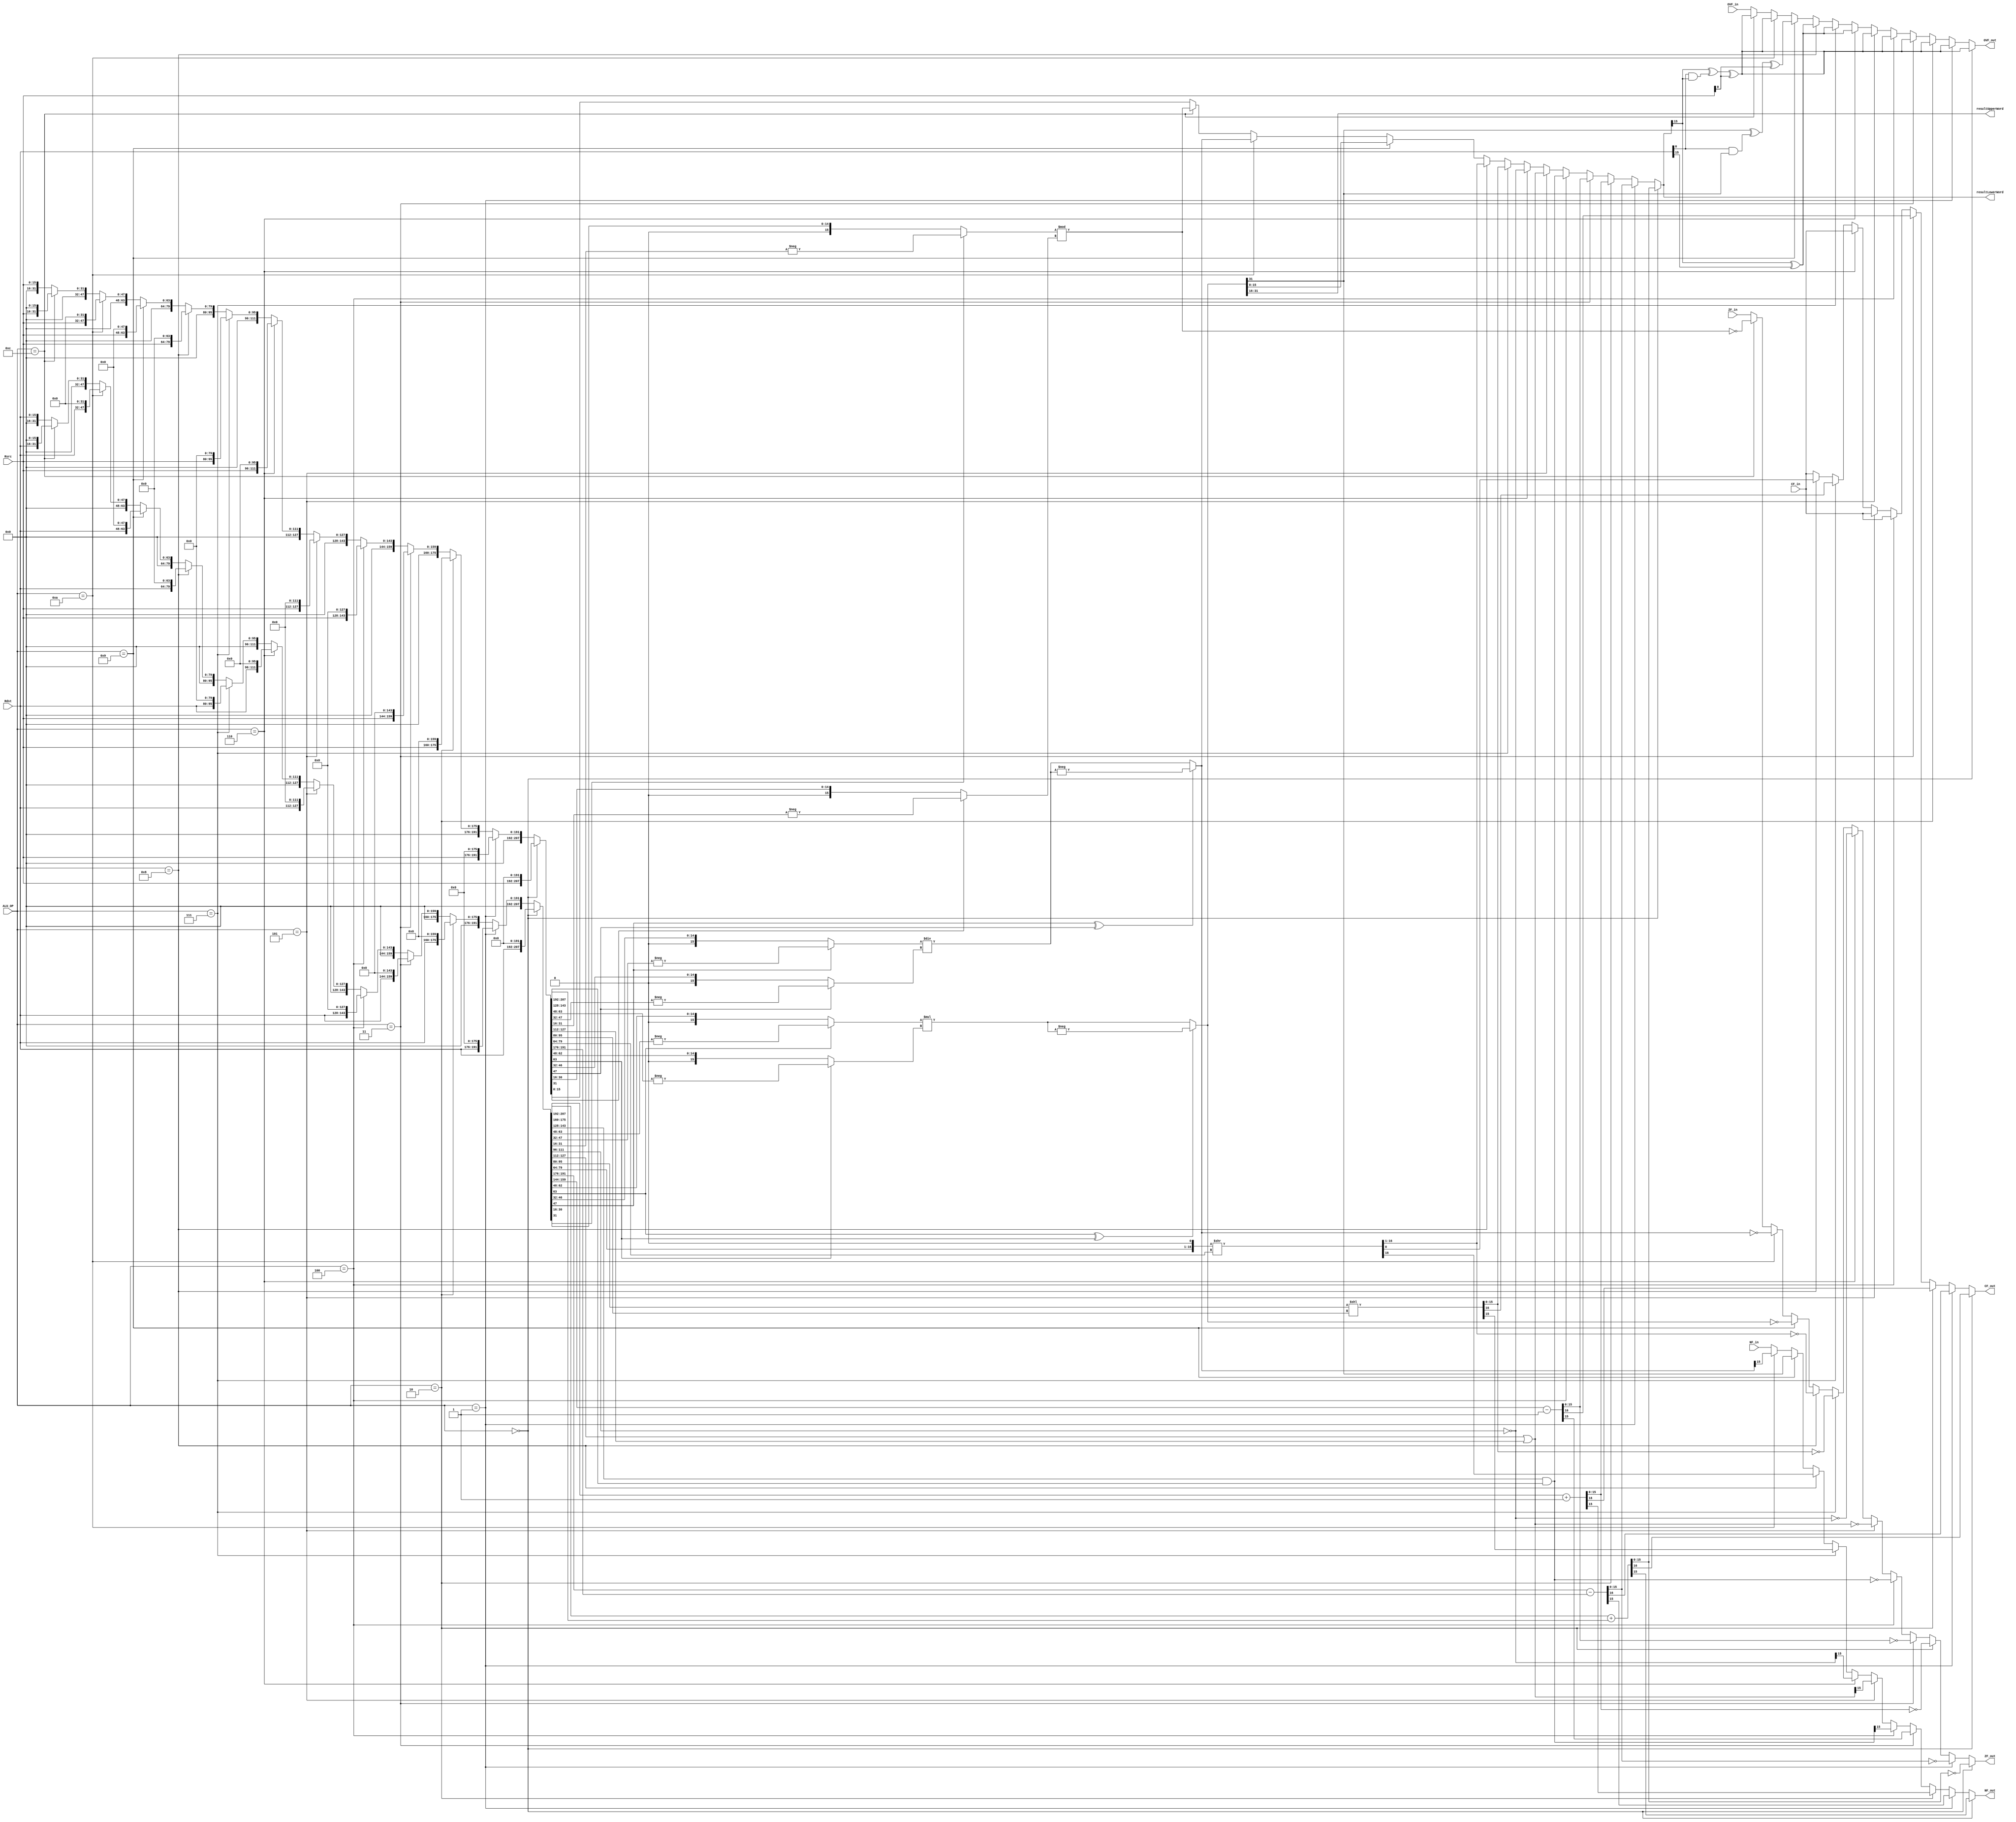
/*this is the arithmetic logic unit that's capable of dowing arithmetic operations*/
module ALU(resultLowerWord, resultUpperWord, CF_out, NF_out, ZF_out, OVF_out, Rdst, Rsrc, ALU_OP, ZF_in, NF_in, CF_in, OVF_in);

/*this is the lower 16 bits result of selected operation where total size of result = 32 (due to multiplication)*/
output wire [15:0] resultLowerWord;

/*this is the upper 16 bits result of selected operation where total size of result = 32 (due to multiplication)*/
output wire [15:0] resultUpperWord;

/*this is the result Carry flag of the current operation, if not changed pass the original value*/
output wire CF_out;

/*this is the result Zero flag of the current operation, if not changed pass the original value*/
output wire ZF_out;

/*this is the result Negative flag of the current operation, if not changed pass the original value*/
output wire NF_out;

/*this is the result overflow flag of the current operation, if not changed pass the original value*/
output wire OVF_out;

/*this is the value of the 1st operand which is the target or destination*/
input wire [15:0] Rdst;

/*this is the value of the 2nd operand which is the source*/
input wire [15:0] Rsrc;

/*this is the desired ALU operation to be taken on Rdst and Rsrc*/
input wire [3:0] ALU_OP;

/*this is the original zero flag value taken from the CCR register*/
input wire ZF_in;

/*this is the original negative flag value taken from the CCR register*/
input wire NF_in;

/*this is the original carry flag value taken from the CCR register*/
input wire CF_in;

/*this is the original overflow flag value taken from the CCR register*/
input wire OVF_in;

/**************************************************************
	temp wire to make the code looks clean
**************************************************************/

// inputs to the operation circuits
wire [15:0] ADD_Rdst;		// this is the first input to the ADD circuit
wire [15:0] ADD_Rsrc;		// this is the second input to the ADD circuit
wire [15:0] SUB_Rdst;		// this is the first input to the SUB circuit
wire [15:0] SUB_Rsrc;		// this is the second input to the SUB circuit
wire [15:0] INC_Rdst;		// this is the first input to the INC circuit
wire [15:0] INC_Rsrc;		// this is the second input to the INC circuit	-> (NOT_USED)
wire [15:0] DEC_Rdst;		// this is the first input to the DEC circuit
wire [15:0] DEC_Rsrc;		// this is the second input to the DEC circuit 	-> (NOT_USED)
wire [15:0] AND_Rdst;		// this is the first input to the AND circuit
wire [15:0] AND_Rsrc;		// this is the second input to the AND circuit
wire [15:0] OR_Rdst;		// this is the first input to the OR circuit
wire [15:0] OR_Rsrc;		// this is the second input to the OR circuit
wire [15:0] NOT_Rdst;		// this is the first input to the NOT circuit
wire [15:0] NOT_Rsrc;		// this is the second input to the NOT circuit	-> (NOT_USED)
wire [15:0] SHL_Rdst;		// this is the first input to the SHL circuit
wire [15:0] SHL_Rsrc;		// this is the second input to the SHL circuit
wire [15:0] SHR_Rdst;		// this is the first input to the SHR circuit
wire [15:0] SHR_Rsrc;		// this is the second input to the SHR circuit
wire [15:0] MUL_Rdst;		// this is the first input to the MUL circuit
wire [15:0] MUL_Rsrc;		// this is the second input to the MUL circuit
wire [15:0] DIV_Rdst;		// this is the first input to the DIV circuit
wire [15:0] DIV_Rsrc;		// this is the second input to the DIV circuit
wire [15:0] MOV_Rdst;		// this is the first input to the MOV circuit	-> (NOT_USED)
wire [15:0] MOV_Rsrc;		// this is the second input to the MOV circuit
wire [15:0] MOD_Rdst;		// this is the first input to the MOD circuit
wire [15:0] MOD_Rsrc;		// this is the second input to the MOD circuit

// outputs from the operation circuit
wire [15:0] ADD_RES;		// this is the result of addition
wire [15:0] SUB_RES;		// this is the result of subtraction
wire [15:0] INC_RES;		// this is the result of incremental
wire [15:0] DEC_RES;		// this is the result of decremental
wire [15:0] AND_RES;		// this is the result of bitwise anding
wire [15:0] OR_RES;			// this is the result of bitwise oring
wire [15:0] NOT_RES;		// this is the result of bitwise negatation
wire [15:0] SHL_RES;		// this is the result of logical shift left
wire [15:0] SHR_RES;		// this is the result of logical shifr right
wire [15:0] MUL_RES_high;	// this is the result of upper 16 bits of multiplcation
wire [15:0] MUL_RES_low;	// this is the result of lower 16 bits of multiplcation
wire [15:0] DIV_RES;		// this is the result of division
wire [15:0] MOV_RES;		// this is the result of moving
wire [15:0] MOD_RES;		// this is the result of modulus

//output carry flags from the operation circuit
wire ADD_CF;				// this is the carry flag resulted from addition
wire SUB_CF;				// this is the carry flag resulted from subtraction
wire INC_CF;				// this is the carry flag resulted from incremental
wire DEC_CF;				// this is the carry flag resulted from decremental
wire SHL_CF;				// this is the carry flag resulted from logical shift left
wire SHR_CF;				// this is the carry flag resulted from logical shifr right

//output zero flags from the operation circuit
wire ADD_ZF;				// this is the zero flag resulted from addition
wire SUB_ZF;				// this is the zero flag resulted from subtraction
wire INC_ZF;				// this is the zero flag resulted from incremental
wire DEC_ZF;				// this is the zero flag resulted from decremental
wire AND_ZF;				// this is the zero flag resulted from bitwise anding
wire OR_ZF;					// this is the zero flag resulted from bitwise oring
wire NOT_ZF;				// this is the zero flag resulted from bitwise negatation
wire SHL_ZF;				// this is the zero flag resulted from logical shift left
wire SHR_ZF;				// this is the zero flag resulted from logical shifr right
wire MUL_ZF;				// this is the zero flag resulted from multiplcation
wire DIV_ZF;				// this is the zero flag resulted from division
wire MOD_ZF;				// this is the zero flag resulted from modulus

//output negative flags from the operation circuit
wire ADD_NF;				// this is the negative flag resulted from addition
wire SUB_NF;				// this is the negative flag resulted from subtraction
wire INC_NF;				// this is the negative flag resulted from incremental
wire DEC_NF;				// this is the negative flag resulted from decremental
wire AND_NF;				// this is the negative flag resulted from bitwise anding
wire OR_NF;					// this is the negative flag resulted from bitwise oring
wire NOT_NF;				// this is the negative flag resulted from bitwise negatation
wire SHL_NF;				// this is the negative flag resulted from logical shift left
wire SHR_NF;				// this is the negative flag resulted from logical shifr right
wire MUL_NF;				// this is the negative flag resulted from multiplcation
wire DIV_NF;				// this is the negative flag resulted from division

//general overflow equation
wire OVF_generalTempRes;
wire OVF_oneOperandOperation;
wire OVF_multiplicationCase;
   
assign OVF_tempRes = resultLowerWord[15] ^ Rdst[0] & resultLowerWord[15] ^ Rsrc[0]; // overflow happens when the result sign bit is different from both the 2 inputs sign bits
assign OVF_multiplicationCase = resultUpperWord[15] ^ Rdst[0] & resultUpperWord[15] ^ Rsrc[0]; // overflow happens when the result sign bit is different from both the 2 inputs sign bits
assign OVF_oneOperandOperation = resultLowerWord[15] ^ Rdst[15]; // overflow happens when the result sign bit is different from input sign bit

/*
		ALU_OPERATIONS (ALU_OP):
		---------------
		- 0 ADD
		- 1 SUB
		- 2 INC
		- 3 DEC
		- 4 AND
		- 5 OR
		- 6 NOT
		- 7 SHL
		- 8 SHR
		- 9 MUL
		- 10 DIV
		- 11 MOV
		- 12 MOD
*/



/**************************************************************
	demultiplixing the inputs
**************************************************************/
assign {ADD_Rdst, SUB_Rdst, INC_Rdst, DEC_Rdst, AND_Rdst, OR_Rdst, NOT_Rdst, SHL_Rdst, SHR_Rdst, MUL_Rdst, DIV_Rdst, MOD_Rdst, MOV_Rdst} = 
						(ALU_OP == 4'd0) 	? 	{Rdst, 16'd0, 16'd0, 16'd0, 16'd0, 16'd0, 16'd0, 16'd0, 16'd0, 16'd0, 16'd0, 16'd0, 16'd0} :
						(ALU_OP == 4'd1) 	? 	{16'd0, Rdst, 16'd0, 16'd0, 16'd0, 16'd0, 16'd0, 16'd0, 16'd0, 16'd0, 16'd0, 16'd0, 16'd0} :
						(ALU_OP == 4'd2) 	? 	{16'd0, 16'd0, Rdst, 16'd0, 16'd0, 16'd0, 16'd0, 16'd0, 16'd0, 16'd0, 16'd0, 16'd0, 16'd0} :
						(ALU_OP == 4'd3) 	? 	{16'd0, 16'd0, 16'd0, Rdst, 16'd0, 16'd0, 16'd0, 16'd0, 16'd0, 16'd0, 16'd0, 16'd0, 16'd0} :
						(ALU_OP == 4'd4) 	? 	{16'd0, 16'd0, 16'd0, 16'd0, Rdst, 16'd0, 16'd0, 16'd0, 16'd0, 16'd0, 16'd0, 16'd0, 16'd0} :
						(ALU_OP == 4'd5) 	? 	{16'd0, 16'd0, 16'd0, 16'd0, 16'd0, Rdst, 16'd0, 16'd0, 16'd0, 16'd0, 16'd0, 16'd0, 16'd0} :
						(ALU_OP == 4'd6) 	? 	{16'd0, 16'd0, 16'd0, 16'd0, 16'd0, 16'd0, Rdst, 16'd0, 16'd0, 16'd0, 16'd0, 16'd0, 16'd0} :
						(ALU_OP == 4'd7) 	? 	{16'd0, 16'd0, 16'd0, 16'd0, 16'd0, 16'd0, 16'd0, Rdst, 16'd0, 16'd0, 16'd0, 16'd0, 16'd0} :
						(ALU_OP == 4'd8) 	? 	{16'd0, 16'd0, 16'd0, 16'd0, 16'd0, 16'd0, 16'd0, 16'd0, Rdst, 16'd0, 16'd0, 16'd0, 16'd0} :
						(ALU_OP == 4'd9) 	? 	{16'd0, 16'd0, 16'd0, 16'd0, 16'd0, 16'd0, 16'd0, 16'd0, 16'd0, Rdst, 16'd0, 16'd0, 16'd0} :
						(ALU_OP == 4'd10) 	? 	{16'd0, 16'd0, 16'd0, 16'd0, 16'd0, 16'd0, 16'd0, 16'd0, 16'd0, 16'd0, Rdst, 16'd0, 16'd0} :
						(ALU_OP == 4'd12) 	? 	{16'd0, 16'd0, 16'd0, 16'd0, 16'd0, 16'd0, 16'd0, 16'd0, 16'd0, 16'd0, 16'd0, Rdst, 16'd0} :
												{16'd0, 16'd0, 16'd0, 16'd0, 16'd0, 16'd0, 16'd0, 16'd0, 16'd0, 16'd0, 16'd0, 16'd0, Rdst} ;
												
												
assign {ADD_Rsrc, SUB_Rsrc, INC_Rsrc, DEC_Rsrc, AND_Rsrc, OR_Rsrc, NOT_Rsrc, SHL_Rsrc, SHR_Rsrc, MUL_Rsrc, DIV_Rsrc, MOD_Rsrc, MOV_Rsrc} = 
						(ALU_OP == 4'd0) 	? 	{Rsrc, 16'd0, 16'd0, 16'd0, 16'd0, 16'd0, 16'd0, 16'd0, 16'd0, 16'd0, 16'd0, 16'd0, 16'd0} :
						(ALU_OP == 4'd1) 	? 	{16'd0, Rsrc, 16'd0, 16'd0, 16'd0, 16'd0, 16'd0, 16'd0, 16'd0, 16'd0, 16'd0, 16'd0, 16'd0} :
						(ALU_OP == 4'd2) 	? 	{16'd0, 16'd0, Rsrc, 16'd0, 16'd0, 16'd0, 16'd0, 16'd0, 16'd0, 16'd0, 16'd0, 16'd0, 16'd0} :
						(ALU_OP == 4'd3) 	? 	{16'd0, 16'd0, 16'd0, Rsrc, 16'd0, 16'd0, 16'd0, 16'd0, 16'd0, 16'd0, 16'd0, 16'd0, 16'd0} :
						(ALU_OP == 4'd4) 	? 	{16'd0, 16'd0, 16'd0, 16'd0, Rsrc, 16'd0, 16'd0, 16'd0, 16'd0, 16'd0, 16'd0, 16'd0, 16'd0} :
						(ALU_OP == 4'd5) 	? 	{16'd0, 16'd0, 16'd0, 16'd0, 16'd0, Rsrc, 16'd0, 16'd0, 16'd0, 16'd0, 16'd0, 16'd0, 16'd0} :
						(ALU_OP == 4'd6) 	? 	{16'd0, 16'd0, 16'd0, 16'd0, 16'd0, 16'd0, Rsrc, 16'd0, 16'd0, 16'd0, 16'd0, 16'd0, 16'd0} :
						(ALU_OP == 4'd7) 	? 	{16'd0, 16'd0, 16'd0, 16'd0, 16'd0, 16'd0, 16'd0, Rsrc, 16'd0, 16'd0, 16'd0, 16'd0, 16'd0} :
						(ALU_OP == 4'd8) 	? 	{16'd0, 16'd0, 16'd0, 16'd0, 16'd0, 16'd0, 16'd0, 16'd0, Rsrc, 16'd0, 16'd0, 16'd0, 16'd0} :
						(ALU_OP == 4'd9) 	? 	{16'd0, 16'd0, 16'd0, 16'd0, 16'd0, 16'd0, 16'd0, 16'd0, 16'd0, Rsrc, 16'd0, 16'd0, 16'd0} :
						(ALU_OP == 4'd10) 	? 	{16'd0, 16'd0, 16'd0, 16'd0, 16'd0, 16'd0, 16'd0, 16'd0, 16'd0, 16'd0, Rsrc, 16'd0, 16'd0} :
						(ALU_OP == 4'd12) 	? 	{16'd0, 16'd0, 16'd0, 16'd0, 16'd0, 16'd0, 16'd0, 16'd0, 16'd0, 16'd0, 16'd0, Rsrc, 16'd0} :
												{16'd0, 16'd0, 16'd0, 16'd0, 16'd0, 16'd0, 16'd0, 16'd0, 16'd0, 16'd0, 16'd0, 16'd0, Rsrc} ;
												

/**************************************************************
	preforming the operation on the multiplication 
	to handle negative numbers
**************************************************************/	
wire [15:0] MUL_Rdst_modified;
wire [15:0] MUL_Rsrc_modified;
wire [31:0] MUL_Res_temp;
wire [31:0] MUL_Res;

assign MUL_Rdst_modified =	(MUL_Rdst[15])	?	-MUL_Rdst	:	MUL_Rdst;
assign MUL_Rsrc_modified =	(MUL_Rsrc[15])	?	-MUL_Rsrc	:	MUL_Rsrc;
assign MUL_Res_temp	=	MUL_Rdst_modified	*	MUL_Rsrc_modified;
assign MUL_Res	=	(MUL_Rdst[15] ^ MUL_Rsrc[15])	?	-MUL_Res_temp	:	MUL_Res_temp;

/**************************************************************
	preforming the operation on the division 
	to handle negative numbers
**************************************************************/	
wire [15:0] DIV_Rdst_modified;
wire [15:0] DIV_Rsrc_modified;
wire [15:0] DIV_Res_temp;
wire [15:0] DIV_Res;

assign DIV_Rdst_modified =	(DIV_Rdst[15])	?	-DIV_Rdst	:	DIV_Rdst;
assign DIV_Rsrc_modified =	(DIV_Rsrc[15])	?	-DIV_Rsrc	:	DIV_Rsrc;
assign DIV_Res_temp	=	DIV_Rdst_modified	/	DIV_Rsrc_modified;
assign DIV_Res	=	(DIV_Rdst[15] ^ DIV_Rsrc[15])	?	-DIV_Res_temp	:	DIV_Res_temp;


/**************************************************************
	preforming the operation on the modulus 
	to handle negative numbers
**************************************************************/	
wire [15:0] MOD_Rdst_modified;
wire [15:0] MOD_Rsrc_modified;
wire [15:0] MOD_Res;
assign MOD_Rdst_modified =	(MOD_Rdst[15])	?	-MOD_Rdst	:	MOD_Rdst;
assign MOD_Rsrc_modified =	(MOD_Rsrc[15])	?	-MOD_Rsrc	:	MOD_Rsrc;

assign MOD_Res = MOD_Rdst_modified % MOD_Rsrc_modified;
										
/**************************************************************
	preforming the operation on the inputs
**************************************************************/		

// ADD										
assign {ADD_CF, ADD_RES} = ADD_Rdst + ADD_Rsrc;
assign ADD_NF = ADD_RES[15];
assign ADD_ZF = (ADD_RES == 16'd0);

// SUB
assign {SUB_CF, SUB_RES} = SUB_Rdst - SUB_Rsrc;
assign SUB_NF = SUB_RES[15];
assign SUB_ZF = (SUB_RES == 16'd0);											
						
// INC
assign {INC_CF, INC_RES} = INC_Rdst + 1;
assign INC_NF = INC_RES[15];
assign INC_ZF = (INC_RES == 16'd0);	

// DEC
assign {DEC_CF, DEC_RES} = DEC_Rdst - 1;
assign DEC_NF = DEC_RES[15];
assign DEC_ZF = (DEC_RES == 16'd0);		

// AND
assign AND_RES = AND_Rdst & AND_Rsrc;						
assign AND_NF = AND_RES[15];
assign AND_ZF = (AND_RES == 16'd0);		

// OR
assign OR_RES = OR_Rdst | OR_Rsrc;						
assign OR_NF = OR_RES[15];
assign OR_ZF = (OR_RES == 16'd0);	

// NOT
assign NOT_RES = ~NOT_Rdst;						
assign NOT_NF = NOT_RES[15];
assign NOT_ZF = (NOT_RES == 16'd0);		

// SHL
assign {SHL_CF, SHL_RES} = SHL_Rdst << SHL_Rsrc;						
assign SHL_NF = SHL_RES[15];
assign SHL_ZF = (SHL_RES == 16'd0);			
		
// SHR
assign {SHR_RES, SHR_CF} = {SHR_Rdst, 1'b0} >> SHR_Rsrc;
assign SHR_NF = SHR_RES[15];
assign SHR_ZF = (SHR_RES == 16'd0);	

// MUL
assign {MUL_RES_high, MUL_RES_low} = MUL_Res;						
assign MUL_NF = MUL_RES_high[15];
assign MUL_ZF = ({MUL_RES_high, MUL_RES_low} == 8'd0);	

// DIV
assign DIV_RES = DIV_Res;						
assign DIV_NF = DIV_RES[15];
assign DIV_ZF = (DIV_RES == 16'd0);	

// MOD
assign MOD_RES = MOD_Res;
assign MOD_ZF = (MOD_RES == 0);

// MOV
assign MOV_RES = MOV_Rsrc;	



/**************************************************************
	multiplixing the results
**************************************************************/
assign resultLowerWord = 	(ALU_OP == 4'd0)	?	ADD_RES	:
							(ALU_OP == 4'd1)	?	SUB_RES	:
							(ALU_OP == 4'd2)	?	INC_RES	:
							(ALU_OP == 4'd3)	?	DEC_RES	:
							(ALU_OP == 4'd4)	?	AND_RES	:
							(ALU_OP == 4'd5)	?	OR_RES	:
							(ALU_OP == 4'd6)	?	NOT_RES	:
							(ALU_OP == 4'd7)	?	SHL_RES	:
							(ALU_OP == 4'd8)	?	SHR_RES	:
							(ALU_OP == 4'd9)	?	MUL_RES_low	:
							(ALU_OP == 4'd10)	?	DIV_RES	:
							(ALU_OP == 4'd12)	?	MOD_RES	:
													MOV_RES	;
							
							
assign CF_out = 			(ALU_OP == 4'd0)	?	ADD_CF	:
							(ALU_OP == 4'd1)	?	SUB_CF	:
							(ALU_OP == 4'd2)	?	INC_CF	:
							(ALU_OP == 4'd3)	?	DEC_CF	:
							(ALU_OP == 4'd4)	?	CF_in	:
							(ALU_OP == 4'd5)	?	CF_in	:
							(ALU_OP == 4'd6)	?	CF_in	:
							(ALU_OP == 4'd7)	?	SHL_CF	:
							(ALU_OP == 4'd8)	?	SHR_CF	:
							(ALU_OP == 4'd9)	?	CF_in	:
							(ALU_OP == 4'd10)	?	CF_in	:
							(ALU_OP == 4'd12)	?	CF_in	:
													CF_in	;
							
assign NF_out = 			(ALU_OP == 4'd0)	?	ADD_NF	:
							(ALU_OP == 4'd1)	?	SUB_NF	:
							(ALU_OP == 4'd2)	?	INC_NF	:
							(ALU_OP == 4'd3)	?	DEC_NF	:
							(ALU_OP == 4'd4)	?	AND_NF	:
							(ALU_OP == 4'd5)	?	OR_NF	:
							(ALU_OP == 4'd6)	?	NOT_NF	:
							(ALU_OP == 4'd7)	?	SHL_NF	:
							(ALU_OP == 4'd8)	?	SHR_NF	:
							(ALU_OP == 4'd9)	?	MUL_NF	:
							(ALU_OP == 4'd10)	?	DIV_NF	:
							(ALU_OP == 4'd12)	?	NF_in	:
													NF_in	;	
		
		
assign ZF_out = 			(ALU_OP == 4'd0)	?	ADD_ZF	:
							(ALU_OP == 4'd1)	?	SUB_ZF	:
							(ALU_OP == 4'd2)	?	INC_ZF	:
							(ALU_OP == 4'd3)	?	DEC_ZF	:
							(ALU_OP == 4'd4)	?	AND_ZF	:
							(ALU_OP == 4'd5)	?	OR_ZF	:
							(ALU_OP == 4'd6)	?	NOT_ZF	:
							(ALU_OP == 4'd7)	?	SHL_ZF	:
							(ALU_OP == 4'd8)	?	SHR_ZF	:
							(ALU_OP == 4'd9)	?	MUL_ZF	:
							(ALU_OP == 4'd10)	?	DIV_ZF	:
							(ALU_OP == 4'd12)	?	MOD_ZF	:
													ZF_in	;		


assign OVF_out = 			(ALU_OP == 4'd0)	?	OVF_tempRes				:
							(ALU_OP == 4'd1)	?	OVF_tempRes				:
							(ALU_OP == 4'd2)	?	OVF_tempRes				:
							(ALU_OP == 4'd3)	?	OVF_tempRes				:
							(ALU_OP == 4'd4)	?	OVF_tempRes				:
							(ALU_OP == 4'd5)	?	OVF_tempRes				:
							(ALU_OP == 4'd6)	?	OVF_oneOperandOperation	:
							(ALU_OP == 4'd7)	?	OVF_oneOperandOperation	:
							(ALU_OP == 4'd8)	?	OVF_oneOperandOperation	:
							(ALU_OP == 4'd9)	?	OVF_multiplicationCase	:
							(ALU_OP == 4'd10)	?	OVF_tempRes				:
							(ALU_OP == 4'd12)	?	OVF_tempRes				:
													OVF_in	;		
													

// this is used in multiplication only, otherwise the value will be 0
assign resultUpperWord = MUL_RES_high;
		
endmodule